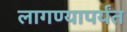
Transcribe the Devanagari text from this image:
लागण्यापर्यंत